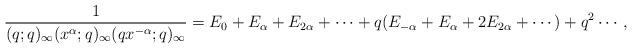
LaTeX: \begin{align*}\frac{1}{(q;q)_\infty(x^\alpha;q)_\infty(qx^{-\alpha};q)_\infty} &=E_0+E_\alpha+E_{2\alpha}+\dotsm+q(E_{-\alpha}+E_{\alpha}+2E_{2\alpha}+\dotsm)+q^2\dotsm,\end{align*}